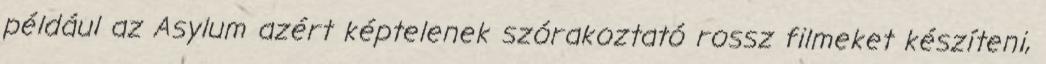
például az Asylum azért képtelenek szórakoztató rossz filmeket készíteni,